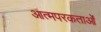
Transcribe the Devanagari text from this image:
आत्मपरकताओं